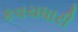
કવચધારી